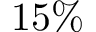
1 5 \%